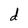
Character: d